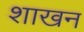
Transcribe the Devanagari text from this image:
शाखन